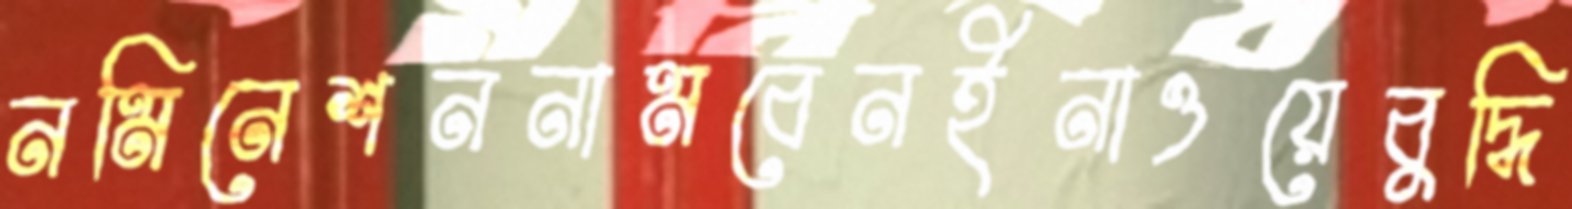
নমিনেশননামবেনইনাওয়েবুদ্ধি